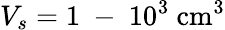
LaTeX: V_{s}=1\mathrm{~-~}10^{3}~\mathrm{cm^{3}}